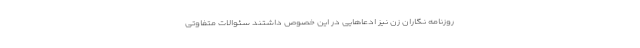
روزنامه نگاران زن نیز ادعاهایی در این خصوص داشتند سئوالات متفاوتی